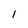
Character: l